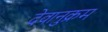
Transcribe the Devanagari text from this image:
देवानुक्रम